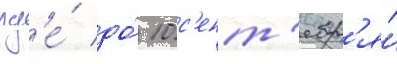
гд'е́ до́ 10 с'ент'ябр'я́